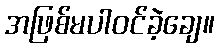
အဖြစ်မပါဝင်ခဲ့ချေ။